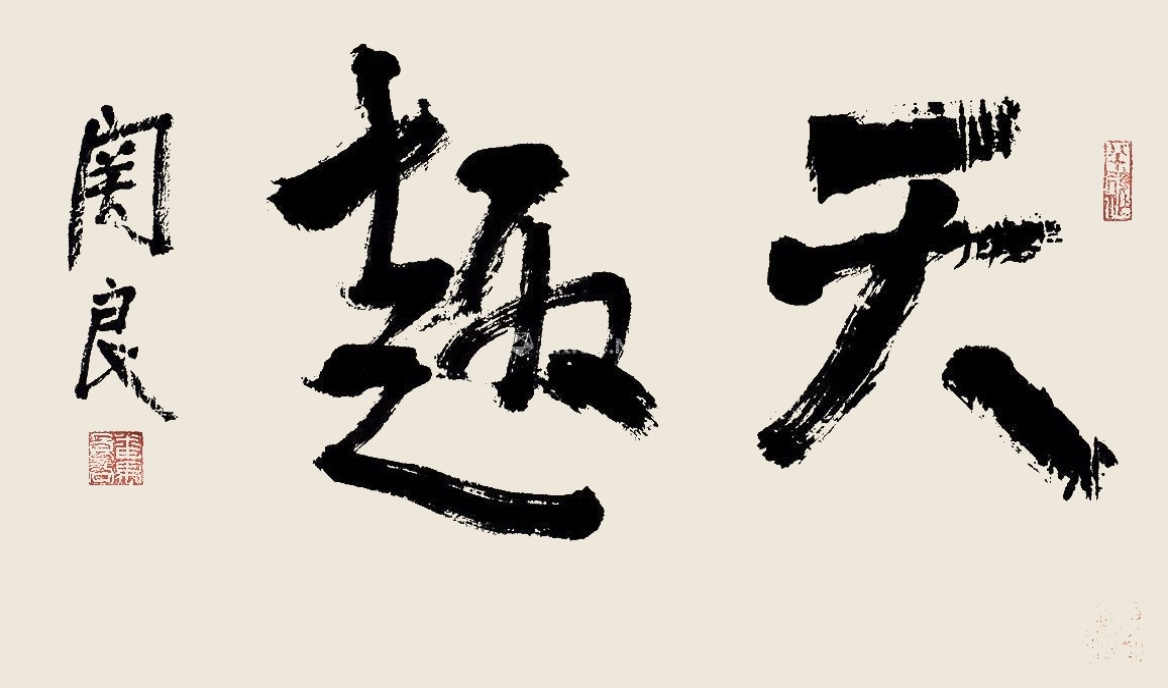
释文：天趣关良